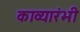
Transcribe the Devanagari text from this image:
काव्यारंभी